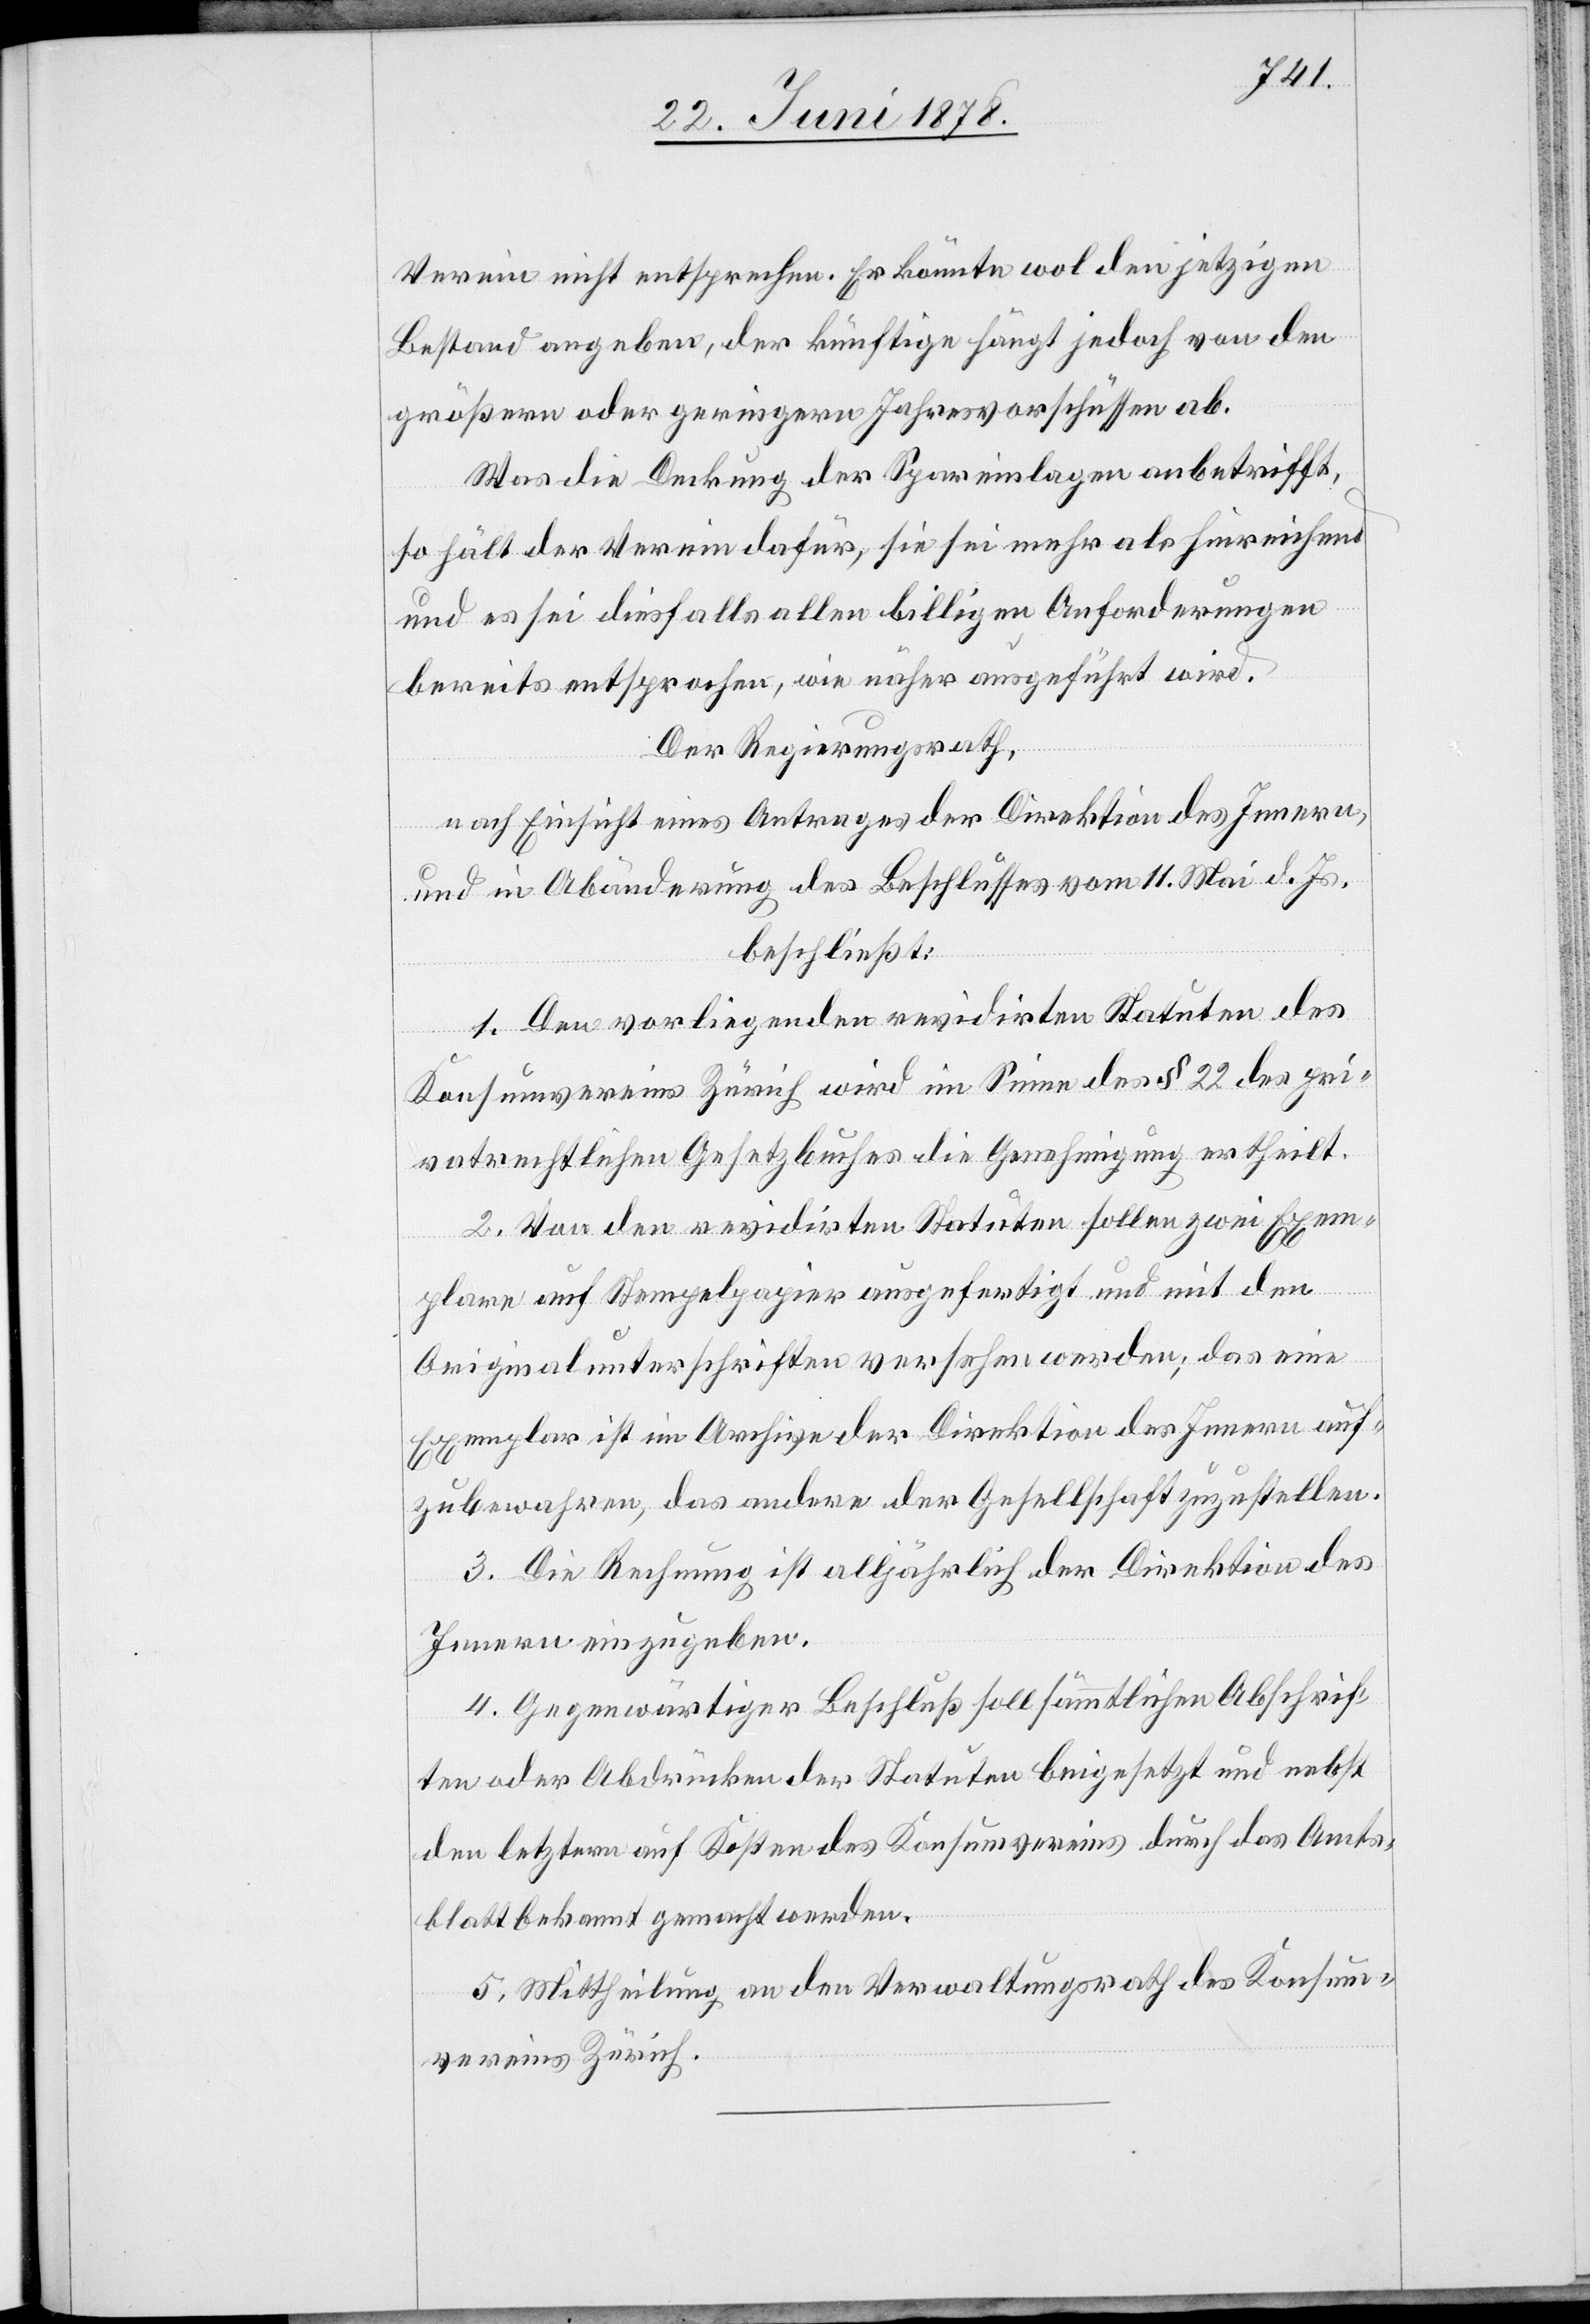
Verein nicht entsprechen. Er könnte wol den jetzigen
Bestand angeben, der künftige hängt jedoch von den
größern oder geringern Jahresvorschüssen ab.
Was die Deckung der Spareinlagen anbetrifft,
so hält der Verein dafür, sie sei mehr als hinreichend
und es sei diesfalls allen billigen Anforderungen
bereits entsprochen, wie näher ausgeführt wird.
Der Regierungsrath,
nach Einsicht eines Antrages der Direktion des Innern,
und in Abänderung des Beschlusses vom 11. Mai d. Js.
beschließt:
1. Den vorliegenden revidirten Statuten des
Konsumvereins Zürich wird im Sinne des § 22 des pri¬
vatrechtlichen Gesetzbuches die Genehmigung ertheilt.
2. Von den revidirten Statuten sollen zwei Exem¬
plare auf Stempelpapier ausgefertigt und mit den
Originalunterschriften versehen werden; das eine
Exemplar ist im Archive der Direktion des Innern auf¬
zubewahren, das andere der Gesellschaft zuzustellen.
3. Die Rechnung ist alljährlich der Direktion des
Innern einzugeben.
4. Gegenwärtiger Beschluß soll sämmtlichen Abschrif¬
ten oder Abdrücken der Statuten beigesetzt und nebst
den letztern auf Kosten des Konsumvereins durch das Amts¬
blatt bekannt gemacht werden.
5. Mittheilung an den Verwaltungsrath des Konsum¬
vereins Zürich.